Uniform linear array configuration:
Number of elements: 24
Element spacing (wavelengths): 0.5
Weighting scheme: exponential
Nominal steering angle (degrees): -60
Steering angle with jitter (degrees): -58.601
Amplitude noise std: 0.05
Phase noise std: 0.05

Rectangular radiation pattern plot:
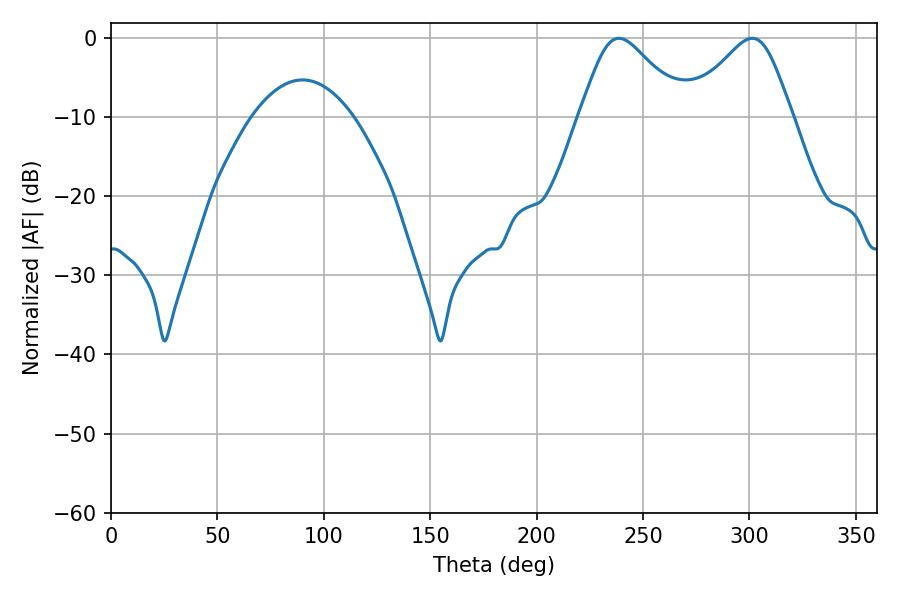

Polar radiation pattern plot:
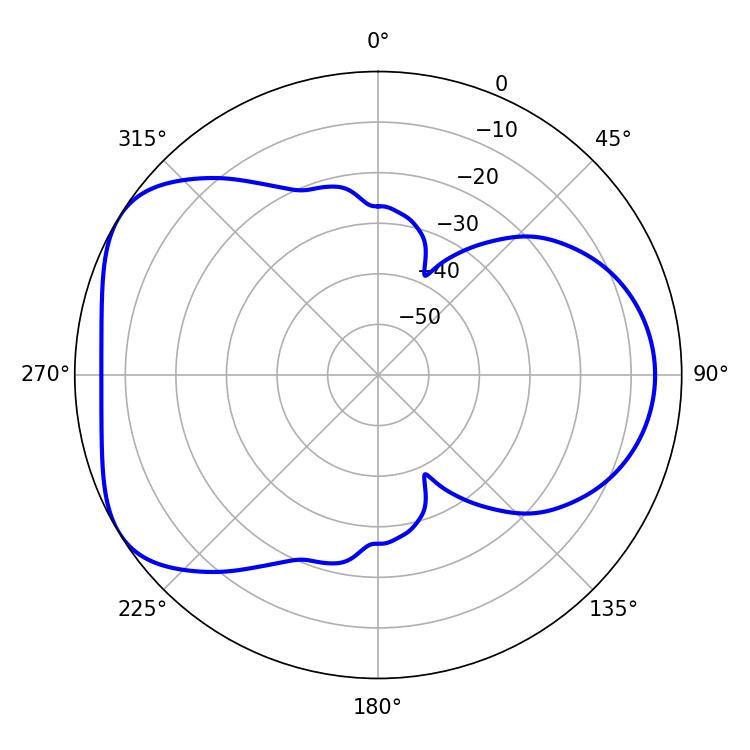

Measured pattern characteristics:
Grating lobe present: FALSE
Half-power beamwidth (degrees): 24.12
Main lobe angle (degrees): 238.68